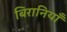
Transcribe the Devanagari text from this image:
बिरानियाँ